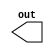
module basic_delay(output reg out);
	reg a;

	always
		out = #5 a;
endmodule